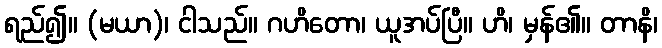
ရည်၍။ (မယာ)၊ ငါသည်။ ဂဟိတော၊ ယူအပ်ပြီ။ ဟိ၊ မှန်၏။ တာနိ၊